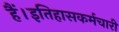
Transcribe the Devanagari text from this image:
हैं।इतिहासकर्मचारी